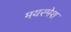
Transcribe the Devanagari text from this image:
मयरमेश